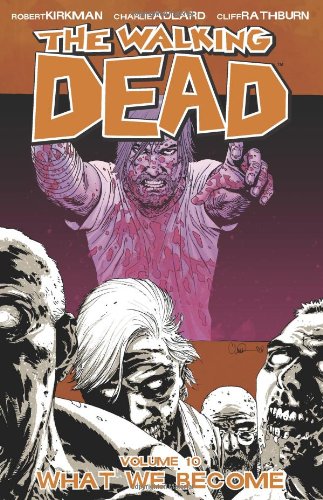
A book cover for The Walking Dead, Vol. 10: What We Become; Robert Kirkman; Comics & Graphic Novels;